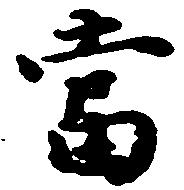
当